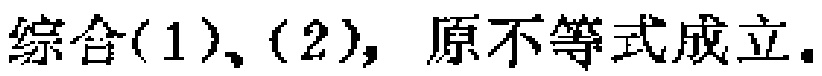
综合(1)、(2)，原不等式成立。